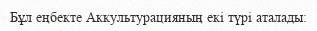
Бұл еңбекте Аккультурацияның екі түрі аталады: